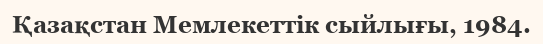
Қазақстан Мемлекеттік сыйлығы, 1984.